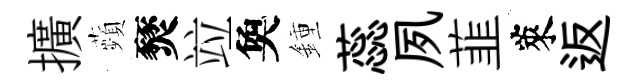
擴蘋燹竝奐鍾蕊夙韮萊返